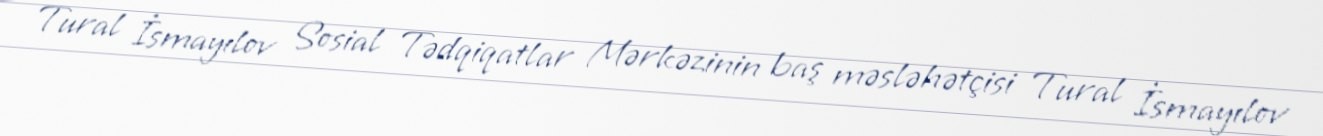
Tural İsmayılov Sosial Tədqiqatlar Mərkəzinin baş məsləhətçisi Tural İsmayılov